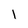
Character: l